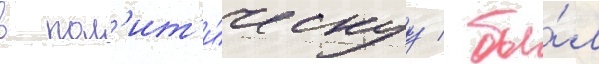
в пол'ит'и́ческуу / бы́л